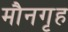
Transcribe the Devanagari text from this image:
मौनगृह